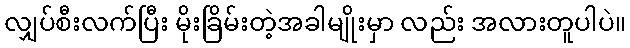
လျှပ်စီးလက်ပြီး မိုးခြိမ်းတဲ့အခါမျိုးမှာ လည်း အလားတူပါပဲ။